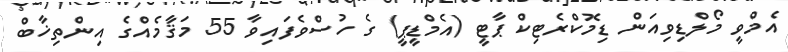
އެމްވީ މޯލްޑިވިއަން ޑިމޮކްރެޓިކް ޕާޓީ (އެމްޑީޕީ) ގެ ހުސްވެފައިވާ 55 މަޤާމެއްގެ އިންތިޚާބް